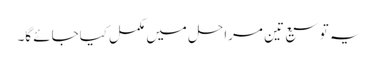
یہ توسیع تین مراحل میں مکمل کیاجائے گا۔